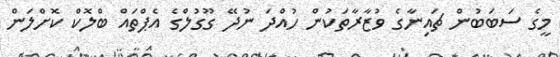
މީގެ ސަބަަބުން ޗައިނާގެ ވުޒާރާތަކުން ހުއްދަ ނުދޭ ގޫގުލްގެ އެޕްތައް ބްލޮކް ކޮށްލަން